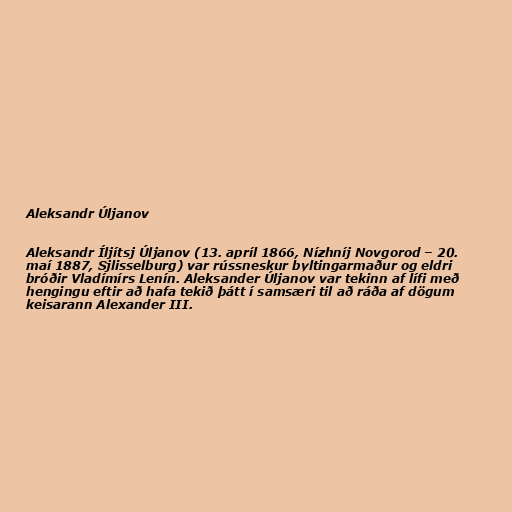
Aleksandr Úljanov

Aleksandr Íljítsj Úljanov (13. apríl 1866, Nízhníj Novgorod – 20.
maí 1887, Sjlisselburg) var rússneskur byltingarmaður og eldri
bróðir Vladímírs Lenín. Aleksander Úljanov var tekinn af lífi með
hengingu eftir að hafa tekið þátt í samsæri til að ráða af dögum
keisarann Alexander III.